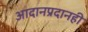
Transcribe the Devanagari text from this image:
आदानप्रदानही